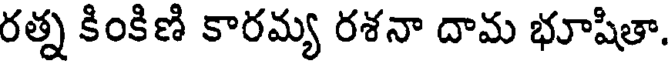
రత్న కింకిణి కారమ్య రశనా దామ భూషితా.